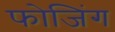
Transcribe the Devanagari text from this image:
फोजिंग